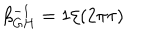
LaTeX: \beta _ { G H } ^ { - 1 } = 1 / ( 2 \pi \tau )